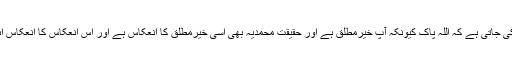
امام حسین رضی اللہ عنہ کے اس قول کی ایک تعبیر روحانی یہ کی جاتی ہے کہ اللہ پاک کیونکہ آپ خیرمطلق ہے اور حقیقت محمدیہ بھی اسی خیرمطلق کا انعکاس ہے اور اس انعکاس کا انعکاس اہل بیت اطہار ہیں تو امام حسین علیہ السلام خیر کامل کا نمونہ ہیں۔